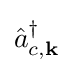
{\hat {a}}_{c,{\mathbf {k} }}^{\dagger }